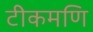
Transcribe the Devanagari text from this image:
टीकमणि